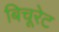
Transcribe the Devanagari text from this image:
बिचूरेट